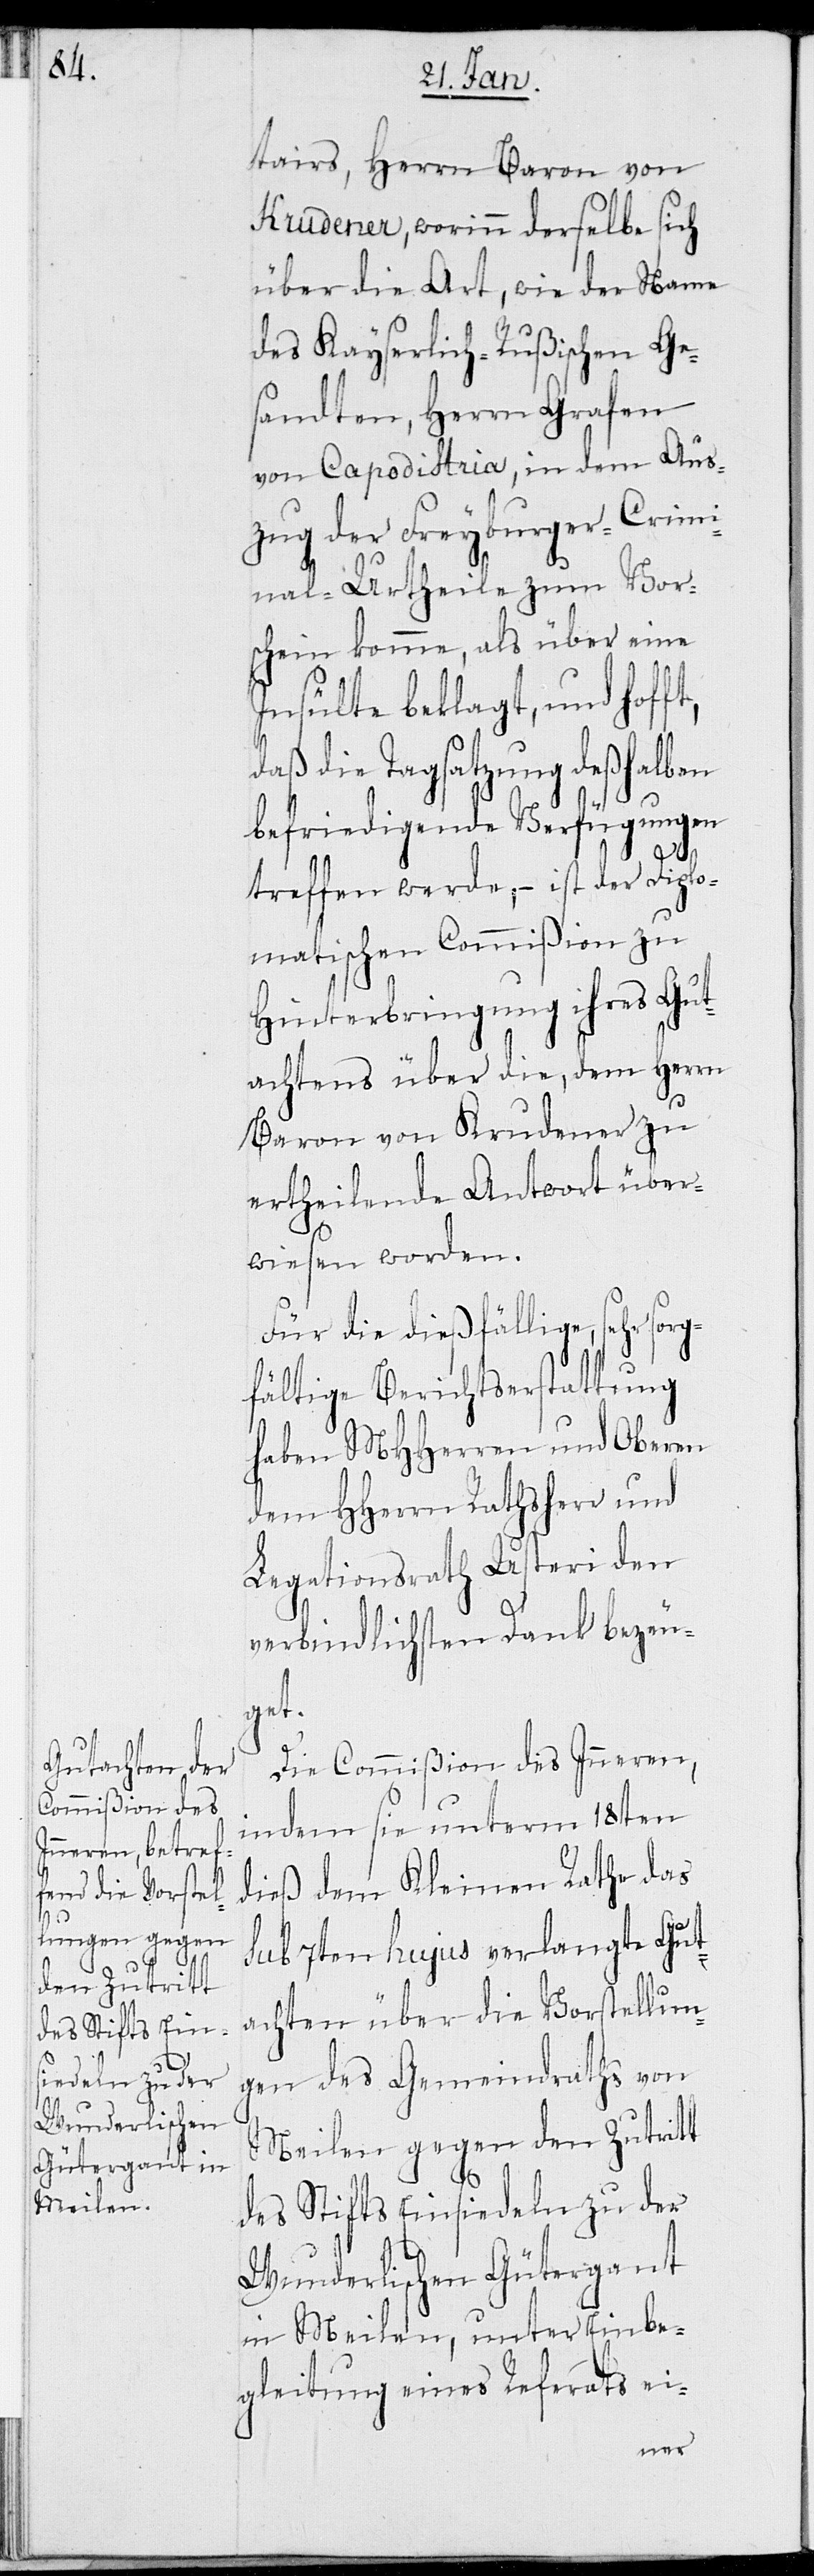
tairs, Herrn Baron von
Krudener, worinn derselbe sich
über die Art, wie der Name
des Kayserlich-Rußischen Ge¬
sandten, Herrn Grafen
von Capodistria, in dem Aus¬
zug der Freyburger-Crimi¬
nal-Urtheile zum Vor¬
schein komme, als über eine
Insulte beklagt, und hof¬
daß die Tagsatzung deßhalben
befriedigende Verfügungen
treffen werde, – ist der Diplo¬
matischen Commißion zu
Hinterbringung ihres Gut¬
achtens über die, dem Herrn
Baron von Krudener zu
ertheilende Antwort über¬
wiesen worden.
Für die dießfällige, sehr sorg¬
fältige Berichtserstattung
haben MHHerren und Oberen
Legationsrath Usteri den
verbindlichsten Dank bezeu¬
get.
Die Commißion des Inneren,
indem sie unterm 18ten
dieß dem Kleinen Rathe das
sub 7ten hujus verlangte Gut¬
achten über die Vorstellun¬
gen des Gemeindraths von
Meilen gegen den Zutritt
des Stifts Einsiedeln zu der
ft,
Wunderlischen Gütergant
in Meilen, unter Einbe¬
gleitung eines Referats ei-